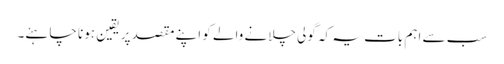
سب سے اہم بات یہ کہ گولی چلانے والے کو اپنے مقصد پر یقین ہونا چاہئے۔